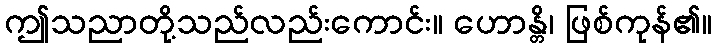
ဤသညာတို့သည်လည်းကောင်း။ ဟောန္တိ၊ ဖြစ်ကုန်၏။